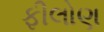
ફીલોણ